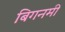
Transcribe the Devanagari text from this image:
बिगनमी